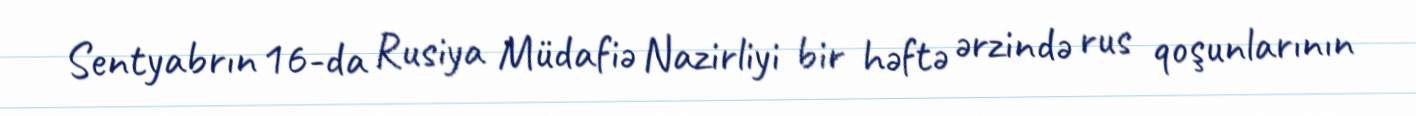
Sentyabrın 16-da Rusiya Müdafiə Nazirliyi bir həftə ərzində rus qoşunlarının